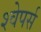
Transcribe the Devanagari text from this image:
श्वेपर्स